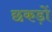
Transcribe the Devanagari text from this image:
छकड़ों